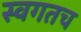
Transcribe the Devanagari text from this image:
स्वगतच